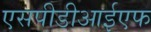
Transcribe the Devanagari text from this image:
एसपीडीआईएफ